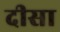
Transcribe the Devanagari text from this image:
दीसा